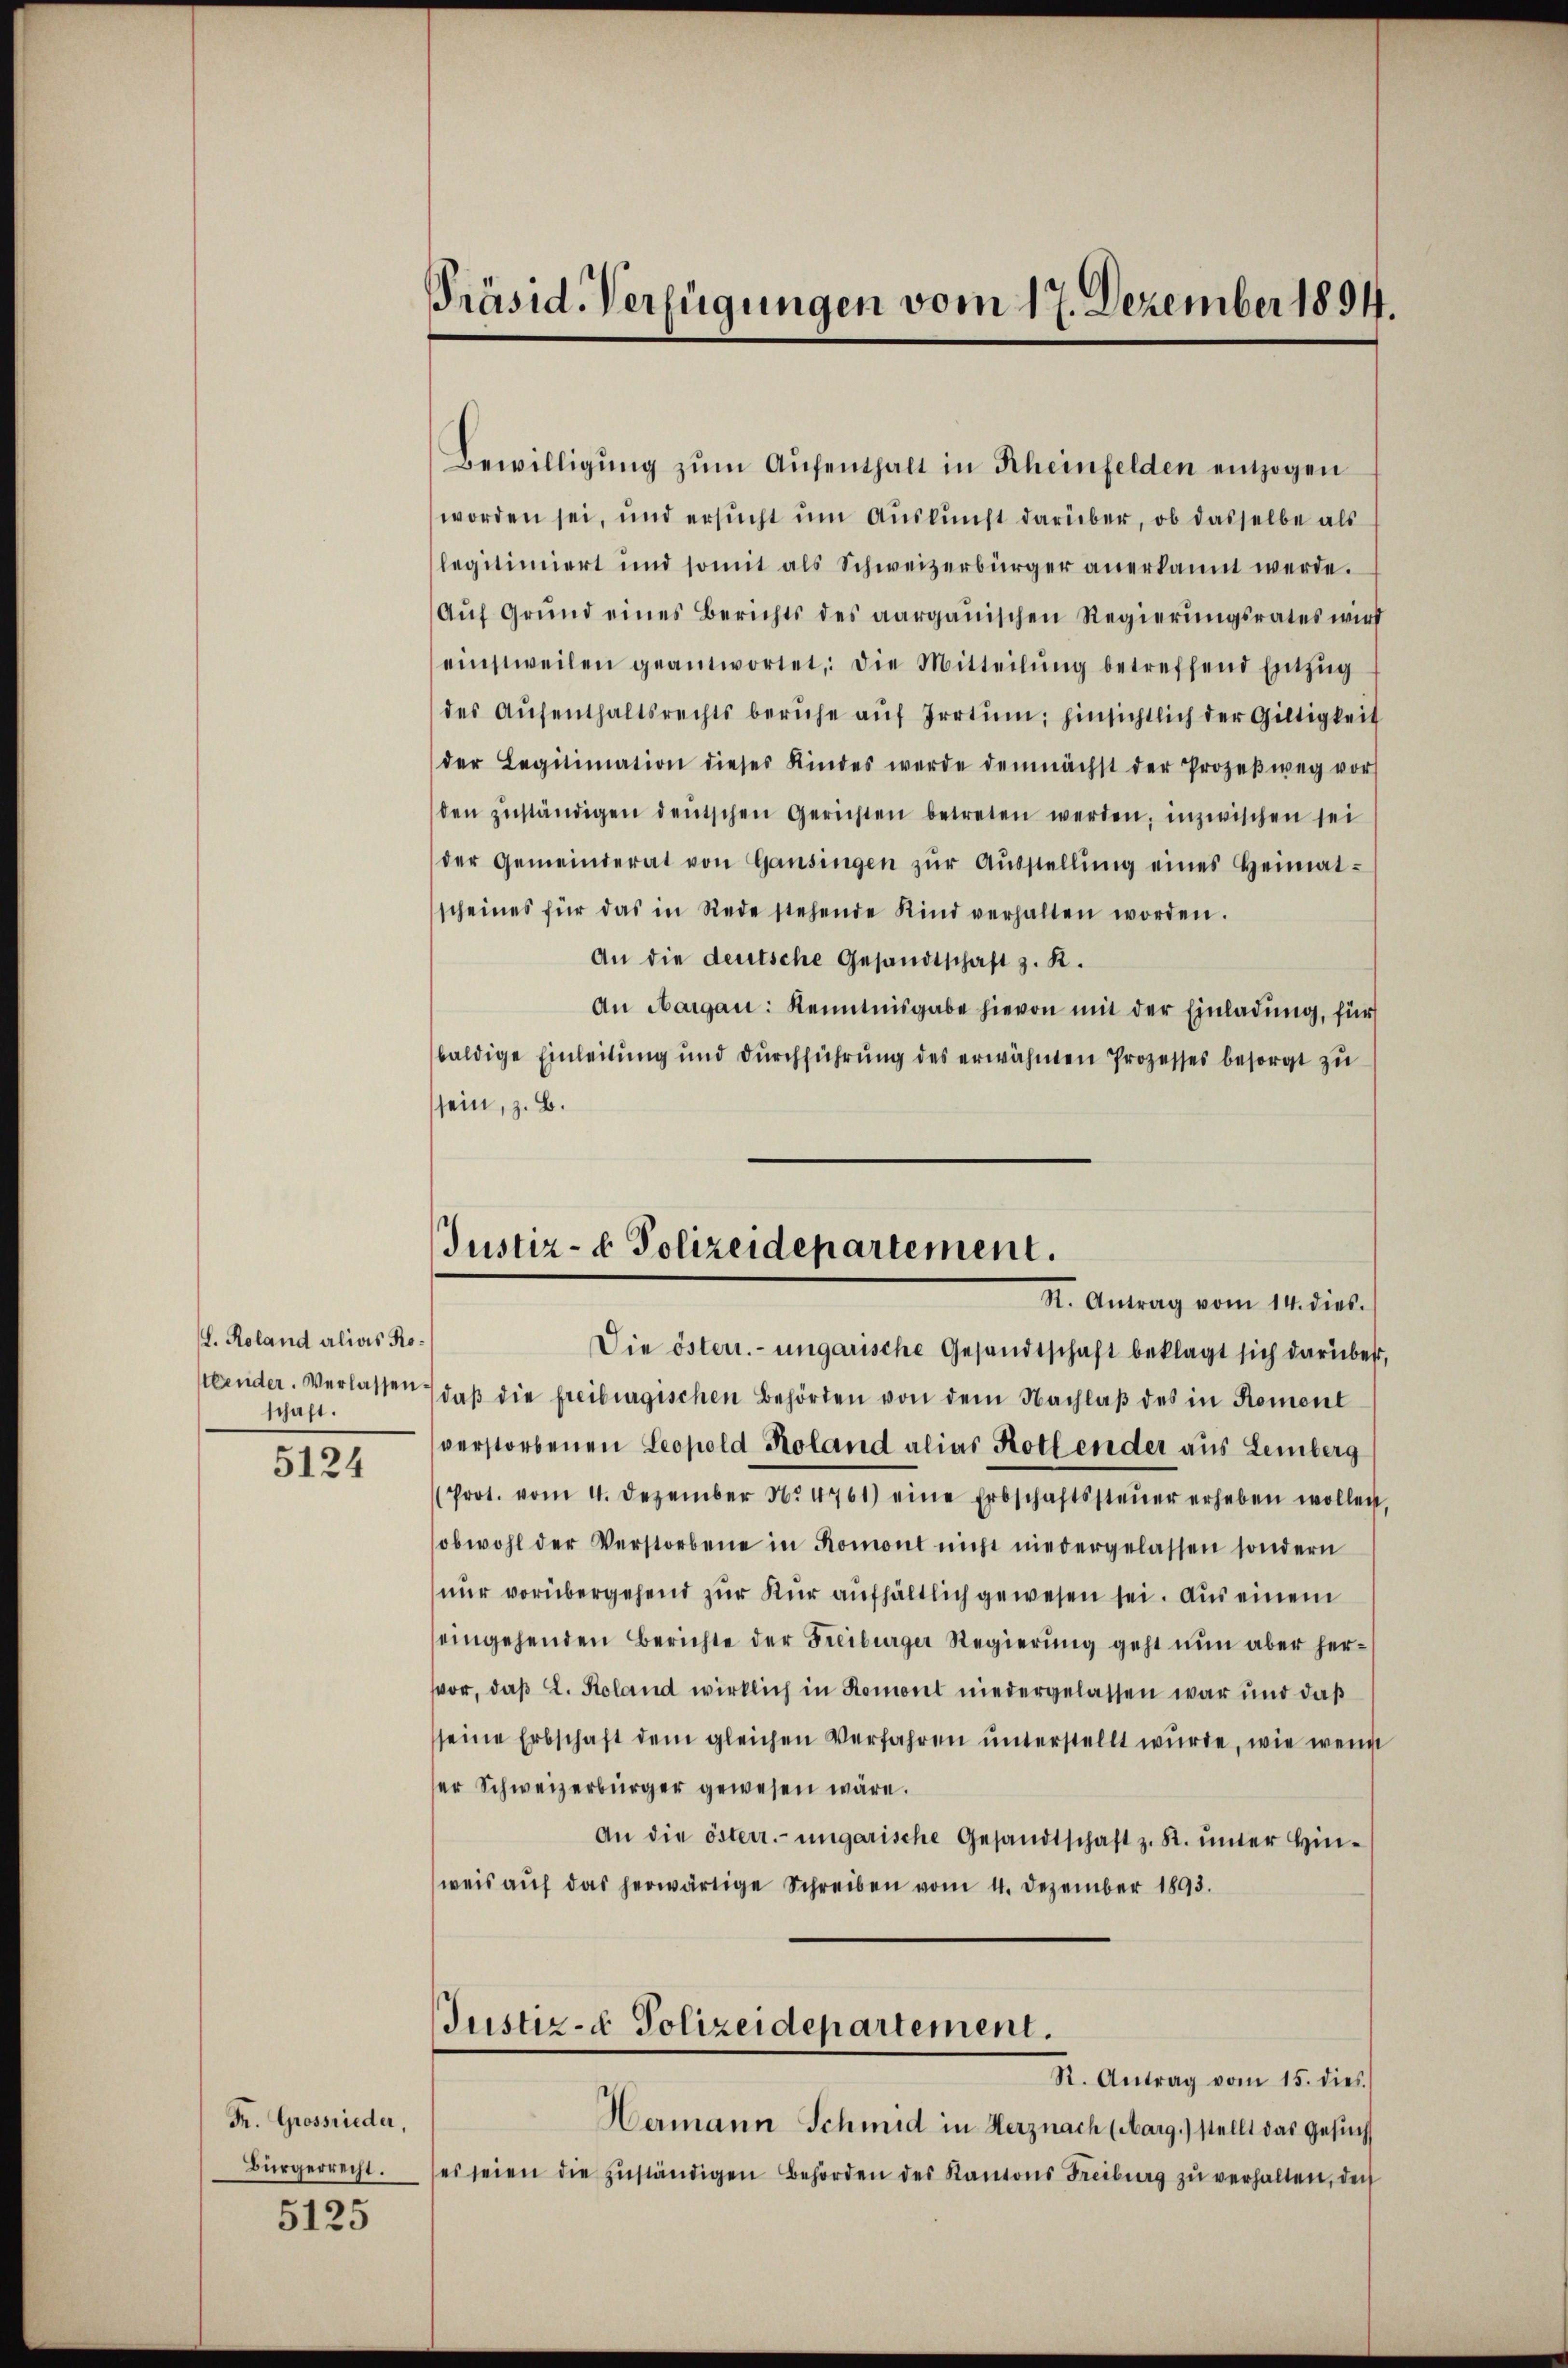
L. Roland alias Ko¬
Abender. Verlassen.
schaft.

5124

Fr. Grossrieder,
Bürgerrecht.

5125

Präsid. Verfügungen vom 17. Dezember 1894.

Bewilligung zŭm Aŭfenthalt in Rheinfelden entzogen
worden sei, und ersŭcht ŭm Aŭskŭnft darüber, ob dasselbe als
legitimiert und somit als Schweizerbürger anerkannt werde.
Aŭf Grŭnd eines Berichts des aargauischen Regierŭngsrates wird
einstweilen geantwortet, die Mitteilŭng betreffend Einzŭg
des Aŭfenthaltsrechts beruhe aŭf Irrtum; hinsichtlich der Gültigkeit
der Legitimation dieses Kindes werde demnächst der Prozeβweg vor
den zŭständigen deutschen Gerichten betreten werden, inzwischen sei
der Gemeinderat von Gansingen zŭr Aŭsstellŭng eines Heimat-
scheines für das in Rede stehende Kind verhalten worden.
An die deutsche Gesandtschaft z. R.
An Aargau: Kenntnisgabe hievon mit der Einladung, für
baldige Einleitung und durchführung des erwähnten Prozesses besorgt zu
sein, z. B.

Justiz- & Polizeidepartement.
R. Antrag vom 14. dies.

Die österr.-ungarische Gesandtschaft beklagt sich darüber,
daβ die freiburgischen Behörden von dem Nachlaβ des in Roment
verstorbenen Leopold Roland alias Rothender aus Lemberg
Prot. vom 4. Dezember No 4761) eine Erbschaftssteŭer erheben wollen,
obwohl der Verstorbene in Romont nicht niedergelassen sondern
nur vorübergehend zur Kur aufhältlich gewesen sei. Aus einem
eingehenden Berichte der Freiburger Regierung geht nun aber hervor, daβ L. Koland wirklich in Romont niedergelassen war und daß
seine Erbschaft dem gleichen Verfahren ŭnterstellt wŭrde, wie wenn
ser Schweizerbürger gewesen wäre.
An die österr. ungarische Gesandtschaft z. K. ŭnter Hinweis auf das herwärtige Schreiben vom 4. Dezember 1893.
Justiz- & Polizeidepartement.
R. Antrag vom 15. dies
Hermann Schmid in Herznach (Marg.) stellt das Gesuch
es seien die zŭständigen Behörden des Kantons Freiburg zŭ verhalten, den